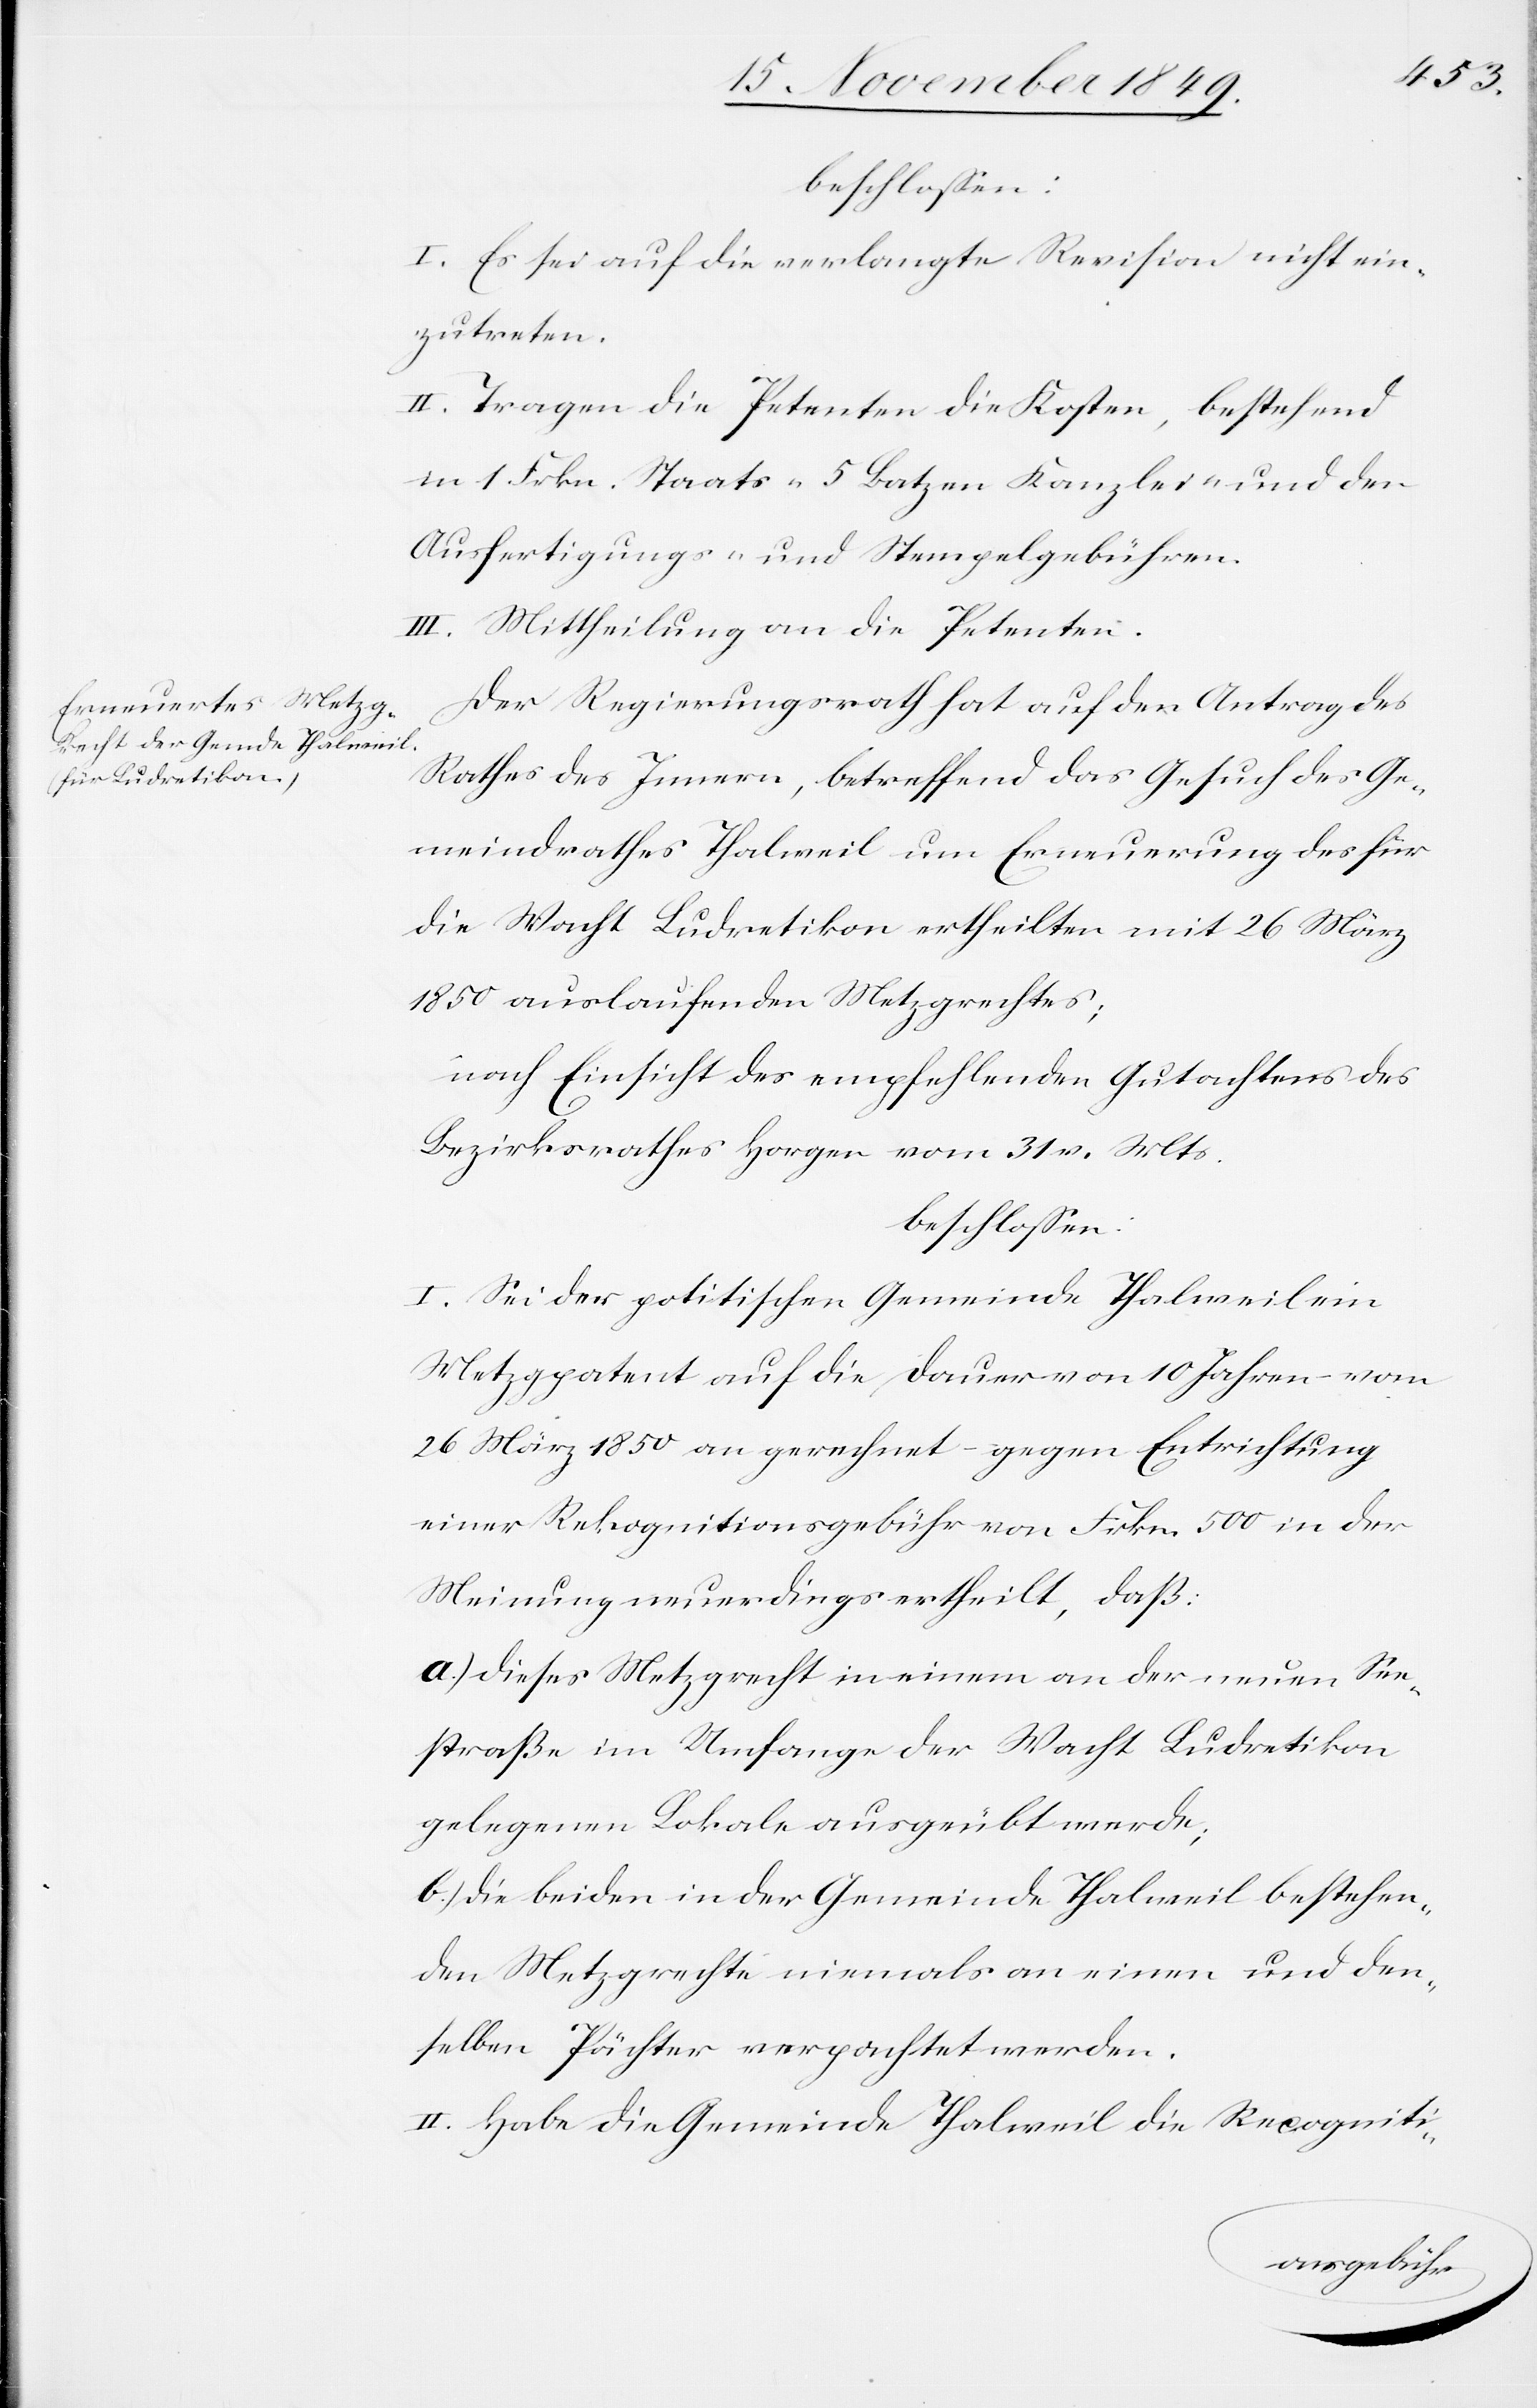
beschloßen:
I. Es sei auf die verlangte Revision nicht ein¬
zutreten.
II. Tragen die Petenten die Kosten, bestehend
in 1 Frkn. Staats- 5 Batzen Kanzlei- und den
Ausfertigungs- u. Stempelgebühren.
III. Mittheilung an die Petenten.
Der Regierungsrath hat auf den Antrag des
Rathes des Innern, betreffend das Gesuch des Ge¬
meindrathes Thalweil um Erneuerung des für
die Wacht Ludretikon ertheilten mit 26 März
1850 auslaufenden Metzgrechtes;
nach Einsicht des empfehlenden Gutachtens des
Bezirksrathes Horgen vom 31 v. Mts.
beschloßen:
I. Sei der politischen Gemeinde Thalweil ein
Metzgpatent auf die Dauer von 10 Jahren vom
26 März 1850 an gerechnet gegen Entrichtung
einer Rekognitionsgebühr von Frkn. 500 in der
Meinung neuerdings ertheilt, daß:
a.) dieses Metzgrecht in einem an der neuen See¬
straße im Umfange der Wacht Ludretikon
gelegenen Lokale ausgeübt werde;
b.) die beiden in der Gemeinde Thalweil bestehen¬
den Metzgrechte niemals an einen und den¬
selben Pächter verpachtet werden.
II. Habe die Gemeinde Thalweil die Recogniti-